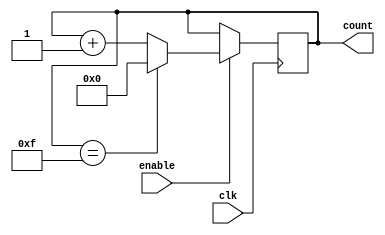
module BinaryUpCounter(
    input wire clk,
    input wire enable,
    output reg [WIDTH-1:0] count
);

parameter WIDTH = 4; // Define width of the counter

always @ (posedge clk) begin
    if (enable) begin
        if (count == (2**WIDTH - 1)) begin
            count <= 0;
        end else begin
            count <= count + 1;
        end
    end
end

endmodule